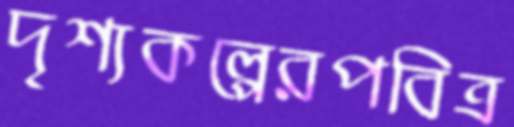
দৃশ্যকল্পেরপবিত্র